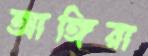
আঙ্গিরা